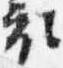
衣